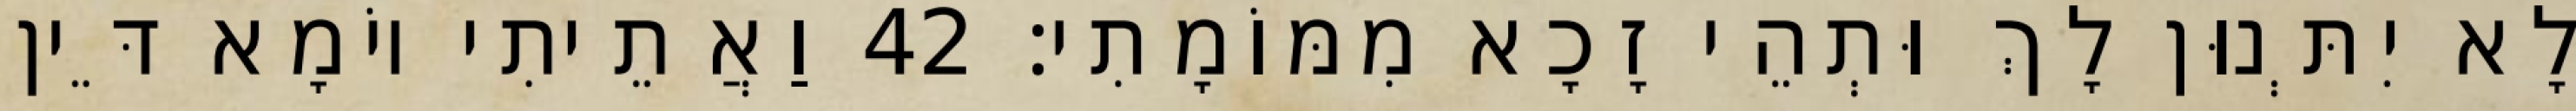
לָא יִתְּנוּן לָךְ וּתְהֵי זָכָא מִמּוֹמָתִי׃ 42 וַאֲתֵיתִי יוֹמָא דֵּין